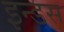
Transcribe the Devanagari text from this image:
इन्‍डस